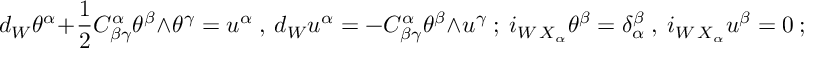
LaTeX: d _ { W } \theta ^ { \alpha } + { \frac { 1 } { 2 } } C _ { \beta \gamma } ^ { \alpha } \theta ^ { \beta } \wedge \theta ^ { \gamma } = u ^ { \alpha } \ , \ { } d _ { W } u ^ { \alpha } = - C _ { \beta \gamma } ^ { \alpha } \theta ^ { \beta } \wedge u ^ { \gamma } \ ; \ { } i _ { W \, X _ { \alpha } } \theta ^ { \beta } = \delta _ { \alpha } ^ { \beta } \ , \ { } i _ { W \, X _ { \alpha } } u ^ { \beta } = 0 \ ;